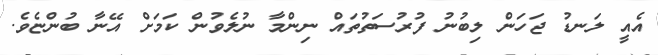
އެއީ ލަނޑު ޖަހަން ލިބުނު ފުރުސަތުތައް ނިންމާ ނުލެވުން ކަމަށް އޭނާ ބުންޏެވެ.